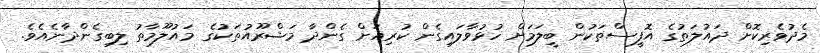
މެދުވެރިކޮށް ދައުލަތުގެ އޮފީސްތަކުން ބީލަމަށް ހުޅުވާލައިގެން ކުރިއަށް ގެންދާ މަޝްރޫއުތަކުގެ މައުލޫމާތު ލިބިގެންދާނެއެވެ.